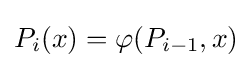
P_{i}(x)=\varphi (P_{i-1},x)